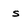
Character: s